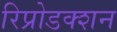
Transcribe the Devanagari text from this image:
रिप्रोडक्शन